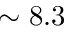
\sim 8 . 3